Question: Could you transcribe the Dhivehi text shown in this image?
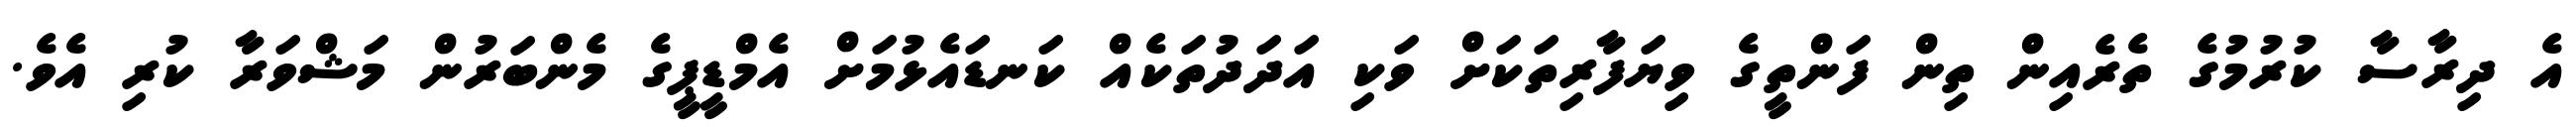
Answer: އެ ދިރާސާ ކުރުމުގެ ތެރެއިން ތިން ފަންތީގެ ވިޔަފާރިތަކަށް ވަކި އަދަދުތަކެއް ކަނޑައެޅުމަށް އެމްޑީޕީގެ މެންބަރުން މަޝްވަރާ ކުރި އެވެ.